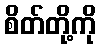
စိတ်တို့ကို